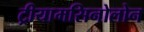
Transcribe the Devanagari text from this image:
ट्रीयामसिनोलोन